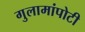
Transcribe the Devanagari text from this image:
गुलामांपोटी